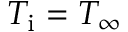
T _ { \mathrm { i } } = T _ { \infty }